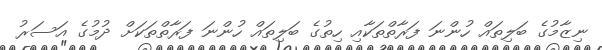
ނިޒާމުގެ ބަލިތައް ހުންނަ ފަރާތްތަކާއި ހިތުގެ ބަލިތައް ހުންނަ ފަރާތްތަކަށް ދުމުގެ އަސަރު